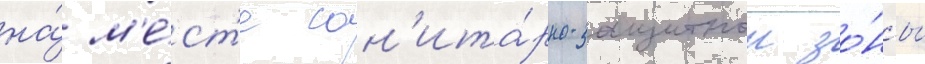
на́ м'е́ст'е сан'ита́рно-защитнои зо́ны